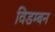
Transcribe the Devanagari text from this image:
विडम्बन